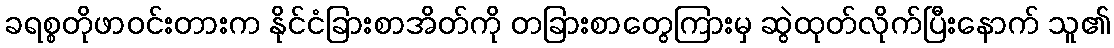
ခရစ္စတိုဖာဝင်းတားက နိုင်ငံခြားစာအိတ်ကို တခြားစာတွေကြားမှ ဆွဲထုတ်လိုက်ပြီးနောက် သူ၏